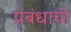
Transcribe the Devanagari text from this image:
प्रबंधाची